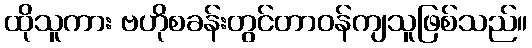
ထိုသူကား ဗဟိုစခန်းတွင်တာဝန်ကျသူဖြစ်သည်။